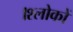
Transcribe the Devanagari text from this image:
।श्लोकों